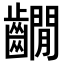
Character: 𪙩